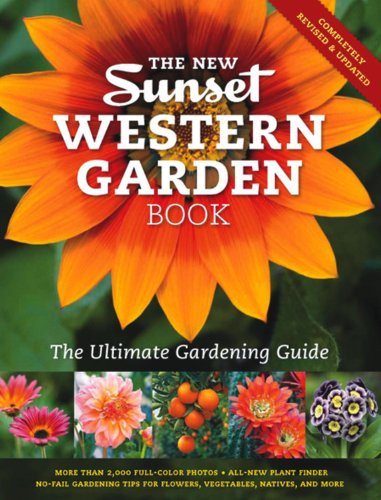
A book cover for The New Western Garden Book: The Ultimate Gardening Guide (Sunset Western Garden Book); Editors of Sunset Magazine; Crafts, Hobbies & Home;